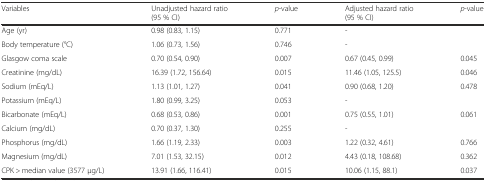
<table><thead><tr><td><b>Variables</b></td><td><b>Unadjusted hazard ratio(95 % CI)</b></td><td><b><i>p</i>-value</b></td><td><b>Adjusted hazard ratio(95 % CI)</b></td><td><b><i>p</i>-value</b></td></tr></thead><tbody><tr><td>Age (yr)</td><td>0.98 (0.83, 1.15)</td><td>0.771</td><td>-</td><td></td></tr><tr><td>Body temperature (°C)</td><td>1.06 (0.73, 1.56)</td><td>0.746</td><td>-</td><td></td></tr><tr><td>Glasgow coma scale</td><td>0.70 (0.54, 0.90)</td><td>0.007</td><td>0.67 (0.45, 0.99)</td><td>0.045</td></tr><tr><td>Creatinine (mg/dL)</td><td>16.39 (1.72, 156.64)</td><td>0.015</td><td>11.46 (1.05, 125.5)</td><td>0.046</td></tr><tr><td>Sodium (mEq/L)</td><td>1.13 (1.01, 1.27)</td><td>0.041</td><td>0.90 (0.68, 1.20)</td><td>0.478</td></tr><tr><td>Potassium (mEq/L)</td><td>1.80 (0.99, 3.25)</td><td>0.053</td><td>-</td><td></td></tr><tr><td>Bicarbonate (mEq/L)</td><td>0.68 (0.53, 0.86)</td><td>0.001</td><td>0.75 (0.55, 1.01)</td><td>0.061</td></tr><tr><td>Calcium (mg/dL)</td><td>0.70 (0.37, 1.30)</td><td>0.255</td><td>-</td><td></td></tr><tr><td>Phosphorus (mg/dL)</td><td>1.66 (1.19, 2.33)</td><td>0.003</td><td>1.22 (0.32, 4.61)</td><td>0.766</td></tr><tr><td>Magnesium (mg/dL)</td><td>7.01 (1.53, 32.15)</td><td>0.012</td><td>4.43 (0.18, 108.68)</td><td>0.362</td></tr><tr><td>CPK &gt; median value (3577 μg/L)</td><td>13.91 (1.66, 116.41)</td><td>0.015</td><td>10.06 (1.15, 88.1)</td><td>0.037</td></tr></tbody></table>